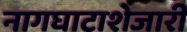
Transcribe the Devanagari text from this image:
नागघाटाशेजारी